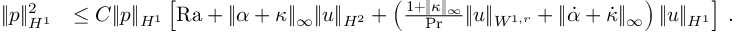
\begin{array} { r l } { \| p \| _ { H ^ { 1 } } ^ { 2 } } & { \leq C \| p \| _ { H ^ { 1 } } \left[ \mathrm { { R a } } + \| \alpha + \kappa \| _ { \infty } \| u \| _ { H ^ { 2 } } + \left( \frac { 1 + \| \kappa \| _ { \infty } } { \mathrm { P r } } \| u \| _ { W ^ { 1 , r } } + \| \dot { \alpha } + \dot { \kappa } \| _ { \infty } \right) \| u \| _ { H ^ { 1 } } \right] \, . } \end{array}